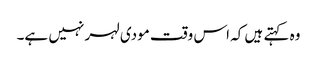
وہ کہتے ہیں کہ اس وقت مودی لہر نہیں ہے۔